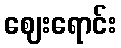
ဈေးရောင်း